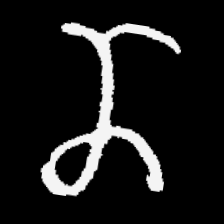
Pyu character \u2014 Myanmar letter: ဏ (romanized: nna)